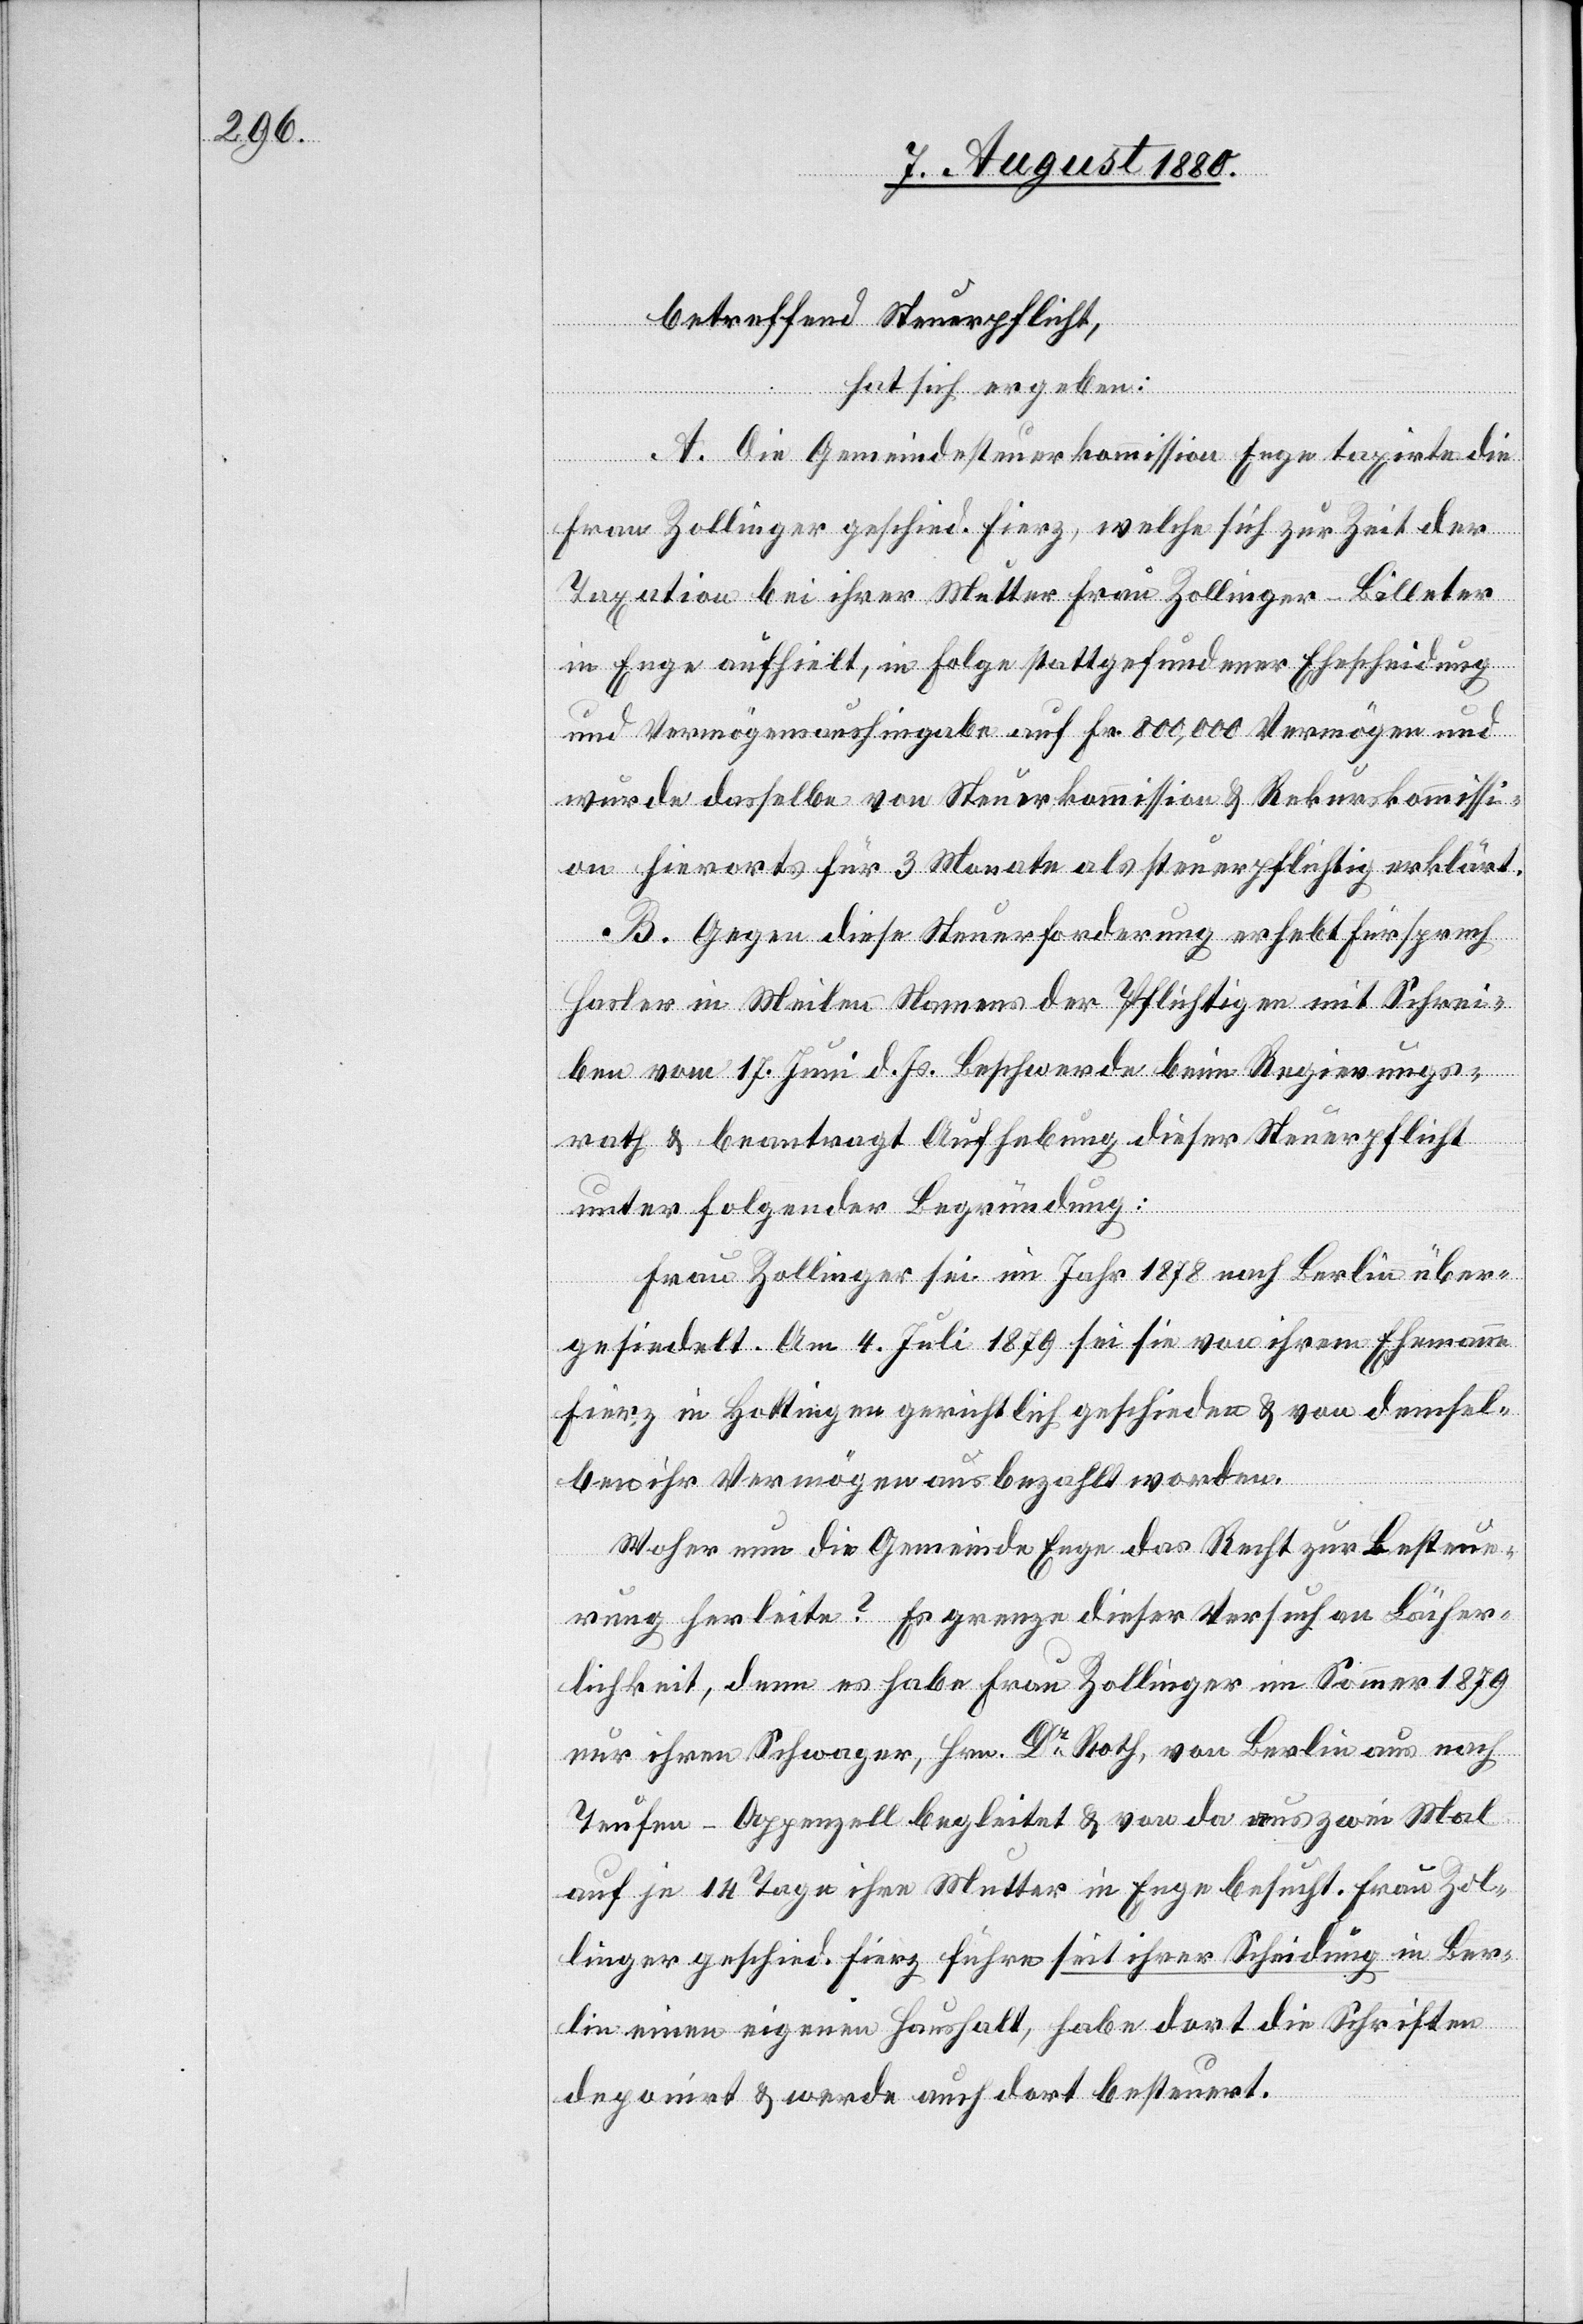
betreffend Steuerpflicht,
hat sich ergeben:
A. Die Gemeindesteuerkommission Enge taxirte die
Frau Zollinger geschied. Fierz, welche sich zur Zeit der
Taxation bei ihrer Mutter Frau Zollinger-Billeter
in Enge aufhielt, in Folge stattgefundener Ehescheidung
und Vermögensaushingabe auf Fr. 800,000 Vermögen und
wurde dasselbe von Steuerkommission & Rekurskommissi¬
on hierorts für 3 Monate als steuerpflichtig erklärt.
B. Gegen diese Steuerforderung erhebt Fürsprech
Hasler in Meilen Namens der Pflichtigen mit Schrei¬
ben vom 17. Juni d. Js. Beschwerde beim Regierungs¬
rath & beantragt Aufhebung dieser Steuerpflicht
unter folgender Begründung:
Frau Zollinger sei im Jahr 1878 nach Berlin über¬
gesiedelt. Am 4. Juli sei sie von ihrem Ehemann
Fierz in Hottingen gerichtlich geschieden & von demsel¬
ben ihr Vermögen ausbezahlt worden.
Woher nun die Gemeinde Enge das Recht zur Besteue¬
rung herleite? Es grenze dieser Versuch an Lächer¬
lichkeit, denn es habe Frau Zollinger im Sommer 1879
nur ihren Schwager, Hrn. Dr Roth, von Berlin aus nach
Teufen - Appenzell begleitet & von da aus zwei Mal
auf je 14 Tage ihre Mutter in Enge besucht. Frau Zol¬
linger geschied. Fierz führe seit ihrer Scheidung in Ber¬
lin einen eigenen Haushalt, habe dort die Schriften
deponirt & werde auch dort besteuert.